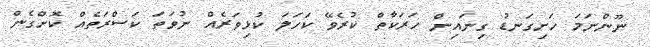
ނޫންނަމަ ހަށިގަނޑު ގިނައިން ހަރަކާތް ކުރެވޭ ކަހަަލަ ކުޅިވަރެއް ނުވަތަ ކަސްރަތެއް ކޮށްގެން